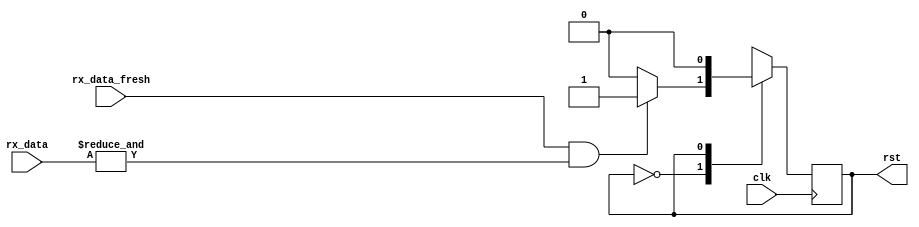
module reset_uart(clk, rx_data_fresh, rx_data, rst);
   input clk;
   input rx_data_fresh;
   input [7:0] rx_data;

   output rst;   

   // parameter RST_COMMAND = 8'b11111111;
   localparam STATE_IDLE = 1'b0;
   localparam STATE_RST = 1'b1;
   
   reg    state;

   wire   rst = state;

   wire rst_cmd = rx_data_fresh & &rx_data;
   
   always @(posedge clk) begin     
      case(state)
        STATE_IDLE: begin
           if(rst_cmd)
             state <= STATE_RST;
           else
             state <= STATE_IDLE;           
        end	
        STATE_RST: begin
          state <= STATE_IDLE;
        end
      endcase // case (state)      
   end

endmodule // reset_uart